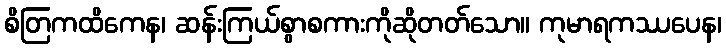
စိတြကထိကေန၊ ဆန်းကြယ်စွာစကားကိုဆိုတတ်သော။ ကုမာရကဿပေန၊